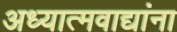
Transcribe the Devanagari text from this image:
अध्यात्मवाद्यांना